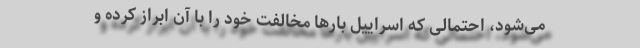
می‌شود، احتمالی که اسراییل بارها مخالفت خود را با آن ابراز کرده و